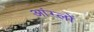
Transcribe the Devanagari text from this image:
आंग्लों